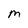
Character: M